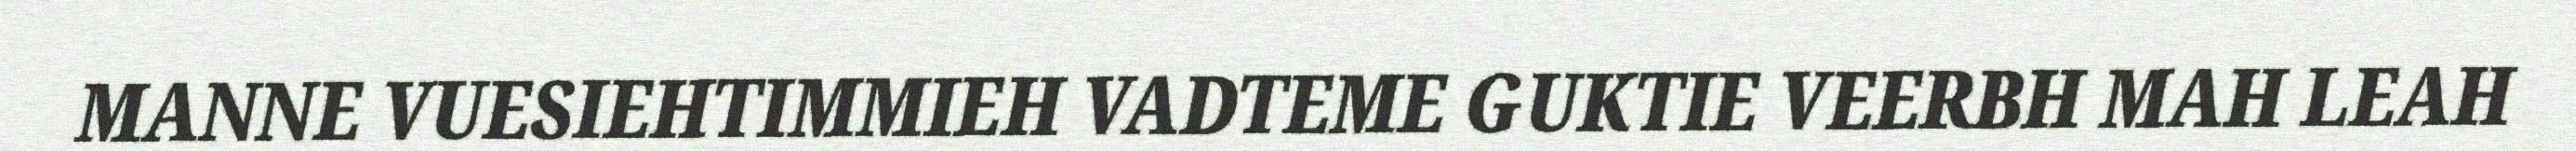
MANNE VUESIEHTIMMIEH VADTEME GUKTIE VEERBH MAH LEAH